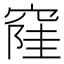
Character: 𱷎